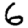
Digit: 6